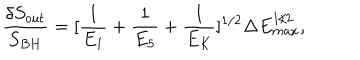
LaTeX: \frac { \delta S _ { o u t } } { S _ { B H } } = [ \frac { 1 } { E _ { 1 } } + \frac { 1 } { E _ { 5 } } + \frac { 1 } { E _ { K } } ] ^ { 1 / 2 } \Delta E _ { m a x } ^ { 1 / 2 } ,